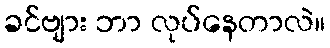
ခင်ဗျား ဘာ လုပ်နေတာလဲ။